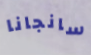
سانجانا